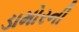
ડામોરની